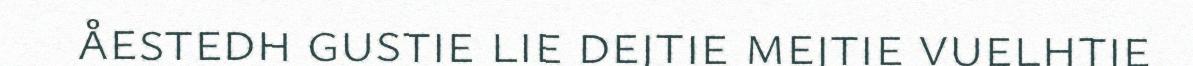
åestedh gustie lie dejtie mejtie vuelhtie